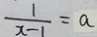
\frac { 1 } { x - 1 } = a